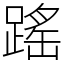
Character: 䠛